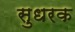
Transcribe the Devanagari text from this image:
सुधरक